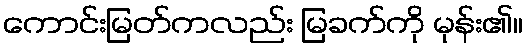
ကောင်းမြတ်ကလည်း မြခက်ကို မုန်း၏။